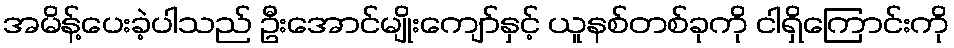
အမိန့်ပေးခဲ့ပါသည် ဦးအောင်မျိုးကျော်နှင့် ယူနစ်တစ်ခုကို ငါရှိကြောင်းကို